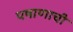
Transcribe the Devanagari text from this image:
पषाणाची